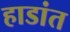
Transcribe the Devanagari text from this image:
हाडांत